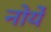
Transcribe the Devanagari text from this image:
नोर्ये